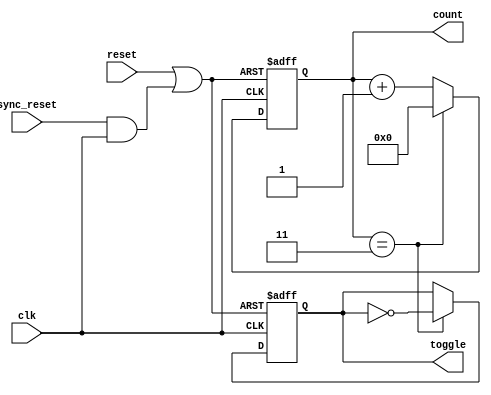
module divide_by_n_counter #(
    parameter N = 4 // Parameter for the divide value (N)
)(
    input wire clk,          // Clock input
    input wire reset,        // Asynchronous reset input
    input wire sync_reset,   // Synchronous reset input
    output reg [N-1:0] count, // Counter output
    output reg toggle        // Output that toggles every N clock cycles
);

    // Internal signal to determine if the counter should reset
    wire reset_condition;

    // Asynchronous reset condition
    assign reset_condition = reset || (sync_reset && clk);

    // Always block for counter logic
    always @(posedge clk or posedge reset_condition) begin
        if (reset_condition) begin
            count <= 0; // Reset the counter to 0
            toggle <= 0; // Reset toggle output
        end else begin
            if (count == N-1) begin
                count <= 0; // Reset count to 0 after reaching N-1
                toggle <= ~toggle; // Toggle the output
            end else begin
                count <= count + 1; // Increment the counter
            end
        end
    end

endmodule